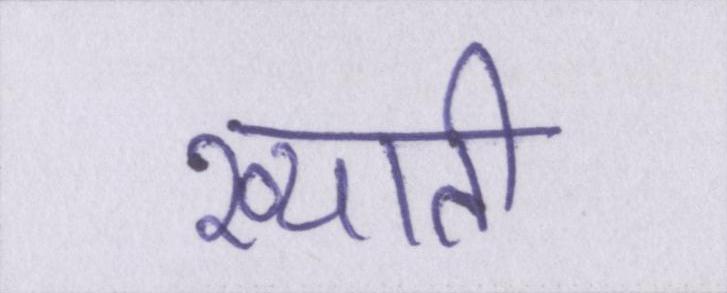
ख्याती